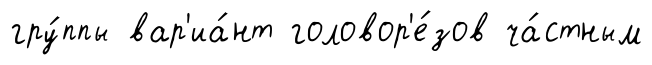
гру́ппы вар'иа́нт головор'е́зов ча́стным